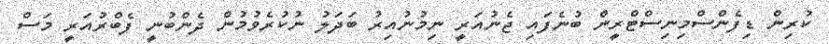
ކުރިން ޑިފެންސްމިނިސްޓްރީން ބުނެފައި ޖެނުއަރީ ނިމުނުއިރު ބަދަލު ނުކުރެވުމުން ދެންބުނީ ފެބްރުއަރީ މަސް